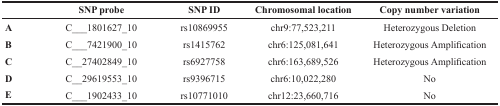
|  | SNP probe | SNP ID | Chromosomal location | Copy number variation |
 | --- | --- | --- | --- | --- |
 | A | C___1801627_10 | rs10869955 | chr9:77,523,211 | Heterozygous Deletion |
 | B | C___7421900_10 | rs1415762 | chr6:125,081,641 | Heterozygous Amplification |
 | C | C__27402849_10 | rs6927758 | chr6:163,689,526 | Heterozygous Amplification |
 | D | C__29619553_10 | rs9396715 | chr6:10,022,280 | No |
 | E | C___1902433_10 | rs10771010 | chr12:23,660,716 | No |